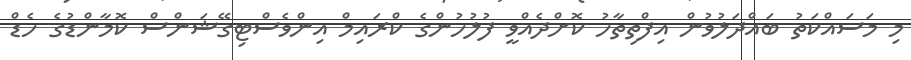
މި މަސައްކަތު ބައްދަލުވުން އިފްތިތާހު ކޮށްދެއްވީ ފުލުހުންގެ ކްރައިމް އިންވެސްޓިގޭޝަންސް ކޮމާންޑުގެ ހެޑް